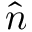
\hat { n }